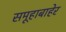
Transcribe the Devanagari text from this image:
समूहाबाहेर